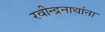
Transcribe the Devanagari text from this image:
रवीन्द्रनाथांना